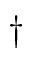
\dagger